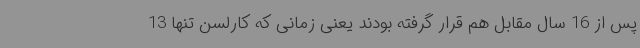
پس از 16 سال مقابل هم قرار گرفته بودند یعنی زمانی که کارلسن تنها 13